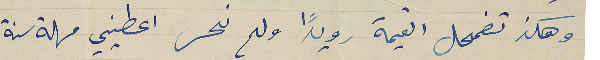
وهكذ تضمحل القيمة رويدًا ولم نحس اعطيني مهلة سنة